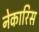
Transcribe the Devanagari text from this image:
नेकारिस